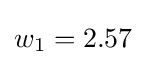
w_{1}=2.57